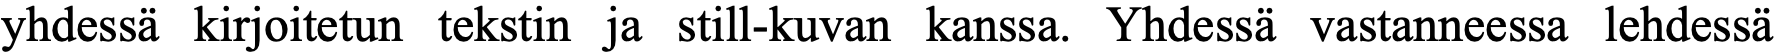
yhdessä kirjoitetun tekstin ja still-kuvan kanssa. Yhdessä vastanneessa lehdessä